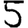
Digit: 5